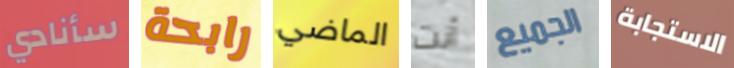
سأنادي رابحة الماضي أنت الجميع الاستجابة